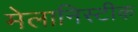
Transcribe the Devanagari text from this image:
मेलानिस्टीक